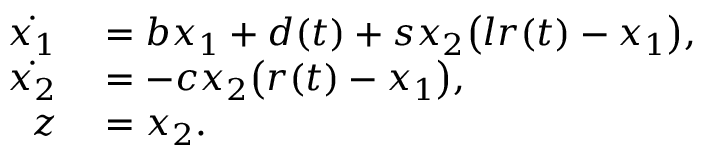
\begin{array} { r l } { \dot { x _ { 1 } } } & { { } = b x _ { 1 } + d ( t ) + s x _ { 2 } \big ( l r ( t ) - x _ { 1 } \big ) , } \\ { \dot { x _ { 2 } } } & { { } = - c x _ { 2 } \big ( r ( t ) - x _ { 1 } \big ) , } \\ { z } & { { } = x _ { 2 } . } \end{array}